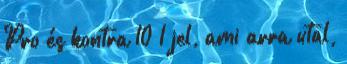
Pro és kontra 10 1 jel, ami arra utal,